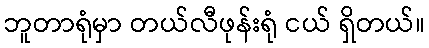
ဘူတာရုံမှာ တယ်လီဖုန်းရုံ ငယ် ရှိတယ်။